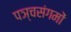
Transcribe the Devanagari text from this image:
पञ्चसंगमों